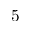
5